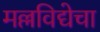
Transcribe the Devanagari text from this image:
मल्लविद्येचा